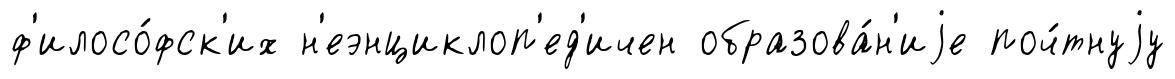
ф'илосо́фск'их н'еэнциклоп'ед'ичен образова́н'иjе поч́тнуjу